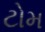
ટોમ